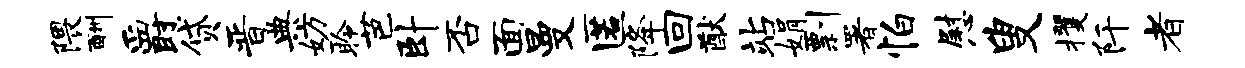
隈酬爵贷晋典妨聆芭卧否面曼匿降回猷站娟剽署怕慰叟攫阡者